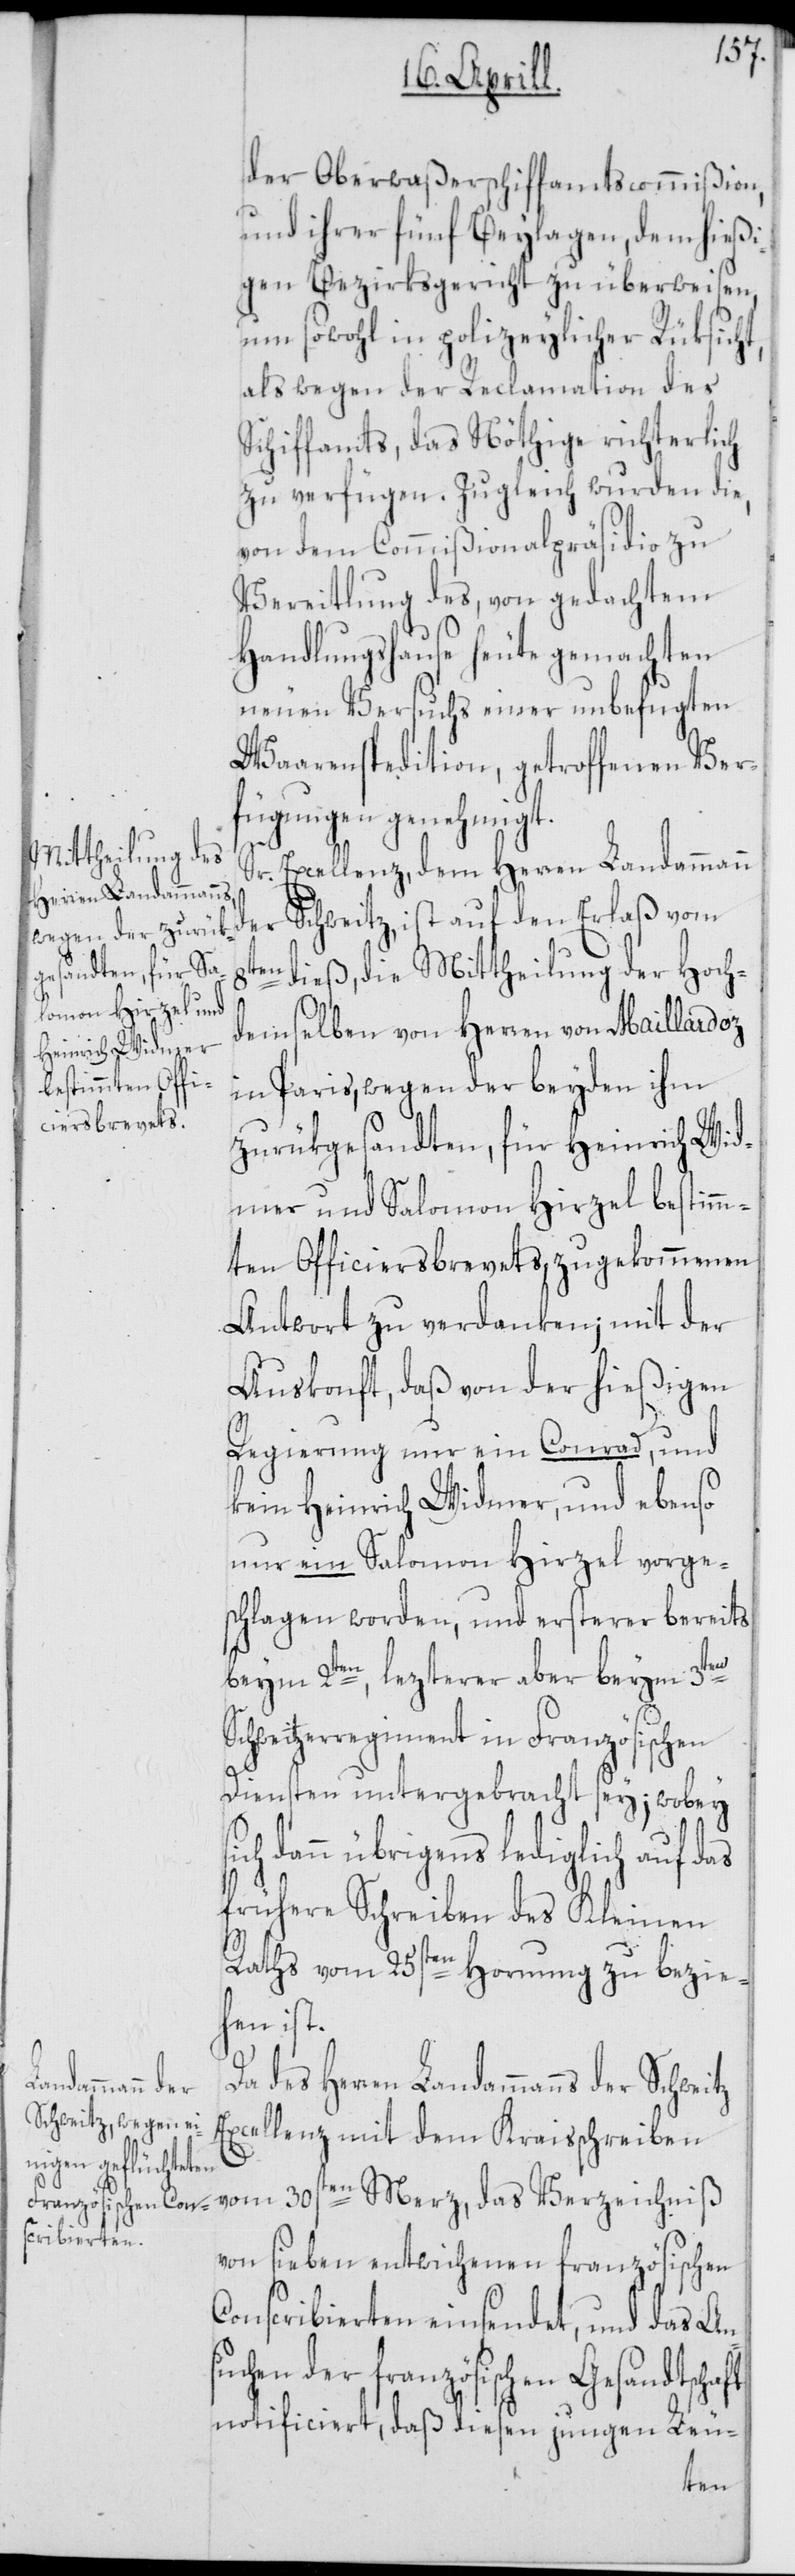
Herren Landammanns

der Oberwaßerschiffamtscommißion,
und ihrer fünf Beylagen, dem hießi¬
gen Bezirksgericht zu überweisen,
um sowohl in polizeylicher Rüksich¬
als wegen der Reclamation des
Schiffamts, das Nöthige richterlich
zu verfügen. Zugleich wurden die,
von dem Commißionalpräsidio zu
Vereitlung des, von gedachtem
Handlungshause heute gemachten
neuen Versuchs einer unbefugten
Waarenspedition, getroffenen Ver¬
fügungen genehmigt.
Sr. Excellenz, dem Herren Landammann
der Schweitz, ist auf den Erlaß vom
der
8ten dieß, die Mittheilung der Hoch¬
demselben von Herren von Maillardoz
in Paris, wegen der beyden ihm
zurükgesandten, für Heinrich Wid¬
mer und Salomon Hirzel bestimm¬
ten Officierbrevets, zugekommenen
Antwort zu verdanken; mit der
Auskonft, daß von der hießigen
Regierung nur ein Conrad, und
kein Heinrich Widmer, und ebenso
nur ein Salomon Hirzel vorge¬
schlagen worden, und ersterer bereits
beym 2ten, lezterer aber beym 3ten
Schweitzerregiment in Französischen
Diensten untergebracht sey; wobey s¬
ich dann übrigens lediglich auf das
frühere Schreiben des Kleinen
Raths vom 25sten Hornung zu bezie¬
hen ist.
Excellenz mit dem Kraisschreiben
vom 30sten Merz, das Verzeichnis
von sieben entwichenen französischen
Conscribierten einsendet, und das An¬
suchen der französischen Gesandtschaft
notificiert, daß diesen jungen Leu-